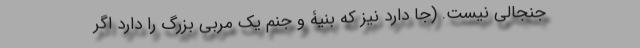
جنجالی نیست. (جا دارد نیز که بنیۀ و جَنَم یک مربی بزرگ را دارد اگر